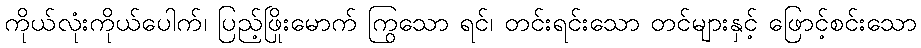
ကိုယ်လုံးကိုယ်ပေါက်၊ ပြည့်ဖြိုးမောက် ကြွသော ရင်၊ တင်းရင်းသော တင်များနှင့် ဖြောင့်စင်းသော